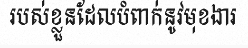
របស់ខ្លួនដែលបំពាក់នូវមុខងារ